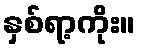
နှစ်ရာ့ကိုး။